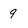
Character: 9